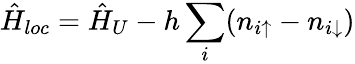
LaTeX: \hat{H}_{loc}=\hat{H}_{U}-h\sum_{i}(n_{i\uparrow}-n_{i\downarrow})